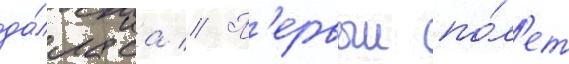
да́лласа // П'ервыи по́л'ет